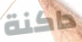
داكنة